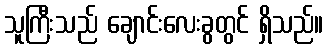
သူကြီးသည် ချောင်းလေးခွတွင် ရှိသည်။